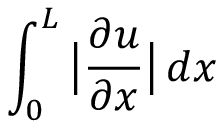
\int _ { 0 } ^ { L } \big | \frac { \partial u } { \partial x } \big | \mathop { d x }